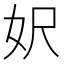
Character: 𡛄